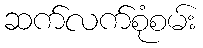
ဆက်လက်စုံစမ်း